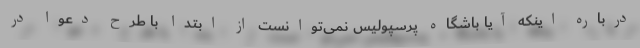
درباره اینکه آیا باشگاه پرسپولیس نمی‌توانست از ابتدا با طرح دعوا در